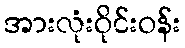
အားလုံးဝိုင်းဝန်း